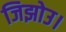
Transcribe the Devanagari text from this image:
जिझोउ।